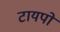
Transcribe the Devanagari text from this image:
टायपो